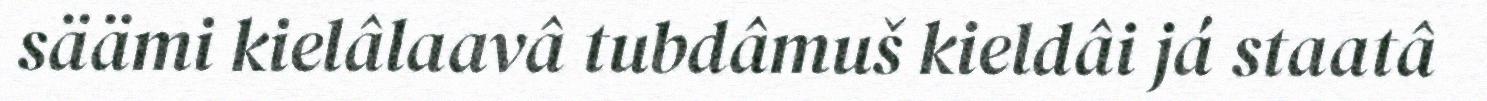
säämi kielâlaavâ tubdâmuš kieldâi já staatâ